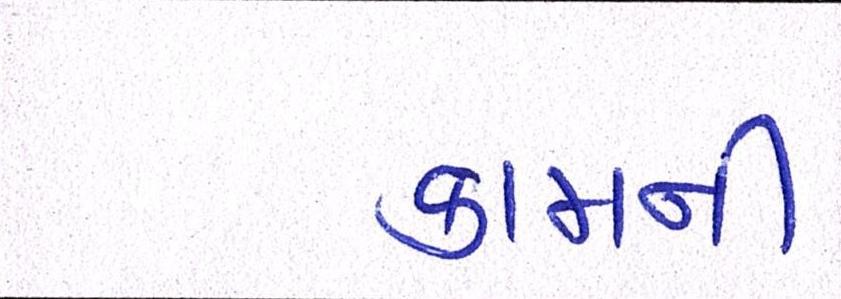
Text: કામની